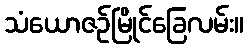
သံယောဇဉ်မြိုင်ခြေလမ်း။